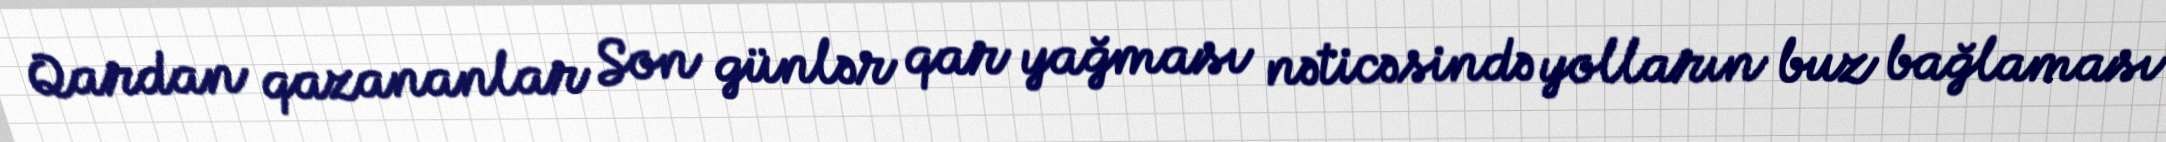
Qardan qazananlar Son günlər qar yağması nəticəsində yolların buz bağlaması